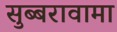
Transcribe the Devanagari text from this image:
सुब्बरावामा